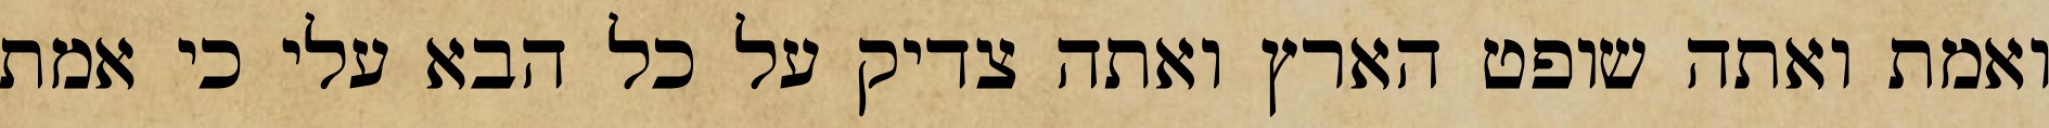
ואמת ואתה שופט הארץ ואתה צדיק על כל הבא עלי כי אמת